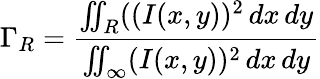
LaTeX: \Gamma_{R}=\frac{\iint_{R}((I(x,y))^{2}\, dx\, dy}{\iint_{\infty}(I(x,y))^{2}\, dx\, dy}